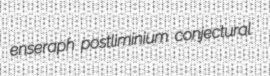
enseraph postliminium conjectural